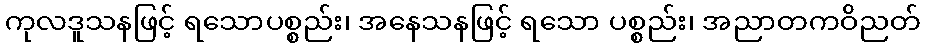
ကုလဒူသနဖြင့် ရသောပစ္စည်း၊ အနေသနဖြင့် ရသော ပစ္စည်း၊ အညာတကဝိညတ်